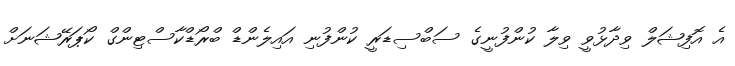
އެ އޮފިޝަލް ވިދާޅުވީ ވިލާ ކުންފުނީގެ ސަބްސިޑަރީ ކުންފުނި އައިލެންޑް ބްރޯޑްކާސްޓިންގް ކޯޕަރޭޝަނަށް